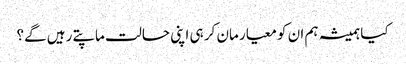
کیا ہمیشہ ہم ان کو معیار مان کر ہی اپنی حالت ماپتے رہیں گے؟